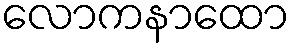
လောကနာထော